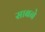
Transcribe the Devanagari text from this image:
साबने